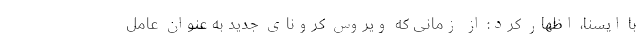
با ایسنا، اظهار کرد: از زمانی که ویروس کرونای جدید به‌ عنوان عامل